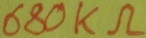
Text: 680KΩ